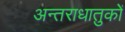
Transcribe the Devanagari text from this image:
अन्तराधातुकों